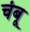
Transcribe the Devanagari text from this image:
चंबू